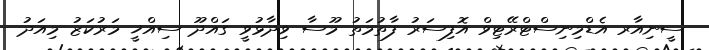
ސީނިއާރ އެޑްމިނިސްޓްރޭޓިވް އޮފިސަރު ފާތުމަތު މޫސާ ވިދާޅުވީ ގައްދޫ ސިއްޚީ މަރުކަޒު މިއަދު